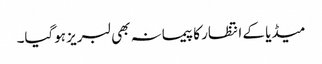
میڈیا کے انتظار کا پیمانہ بھی لبریز ہوگیا۔